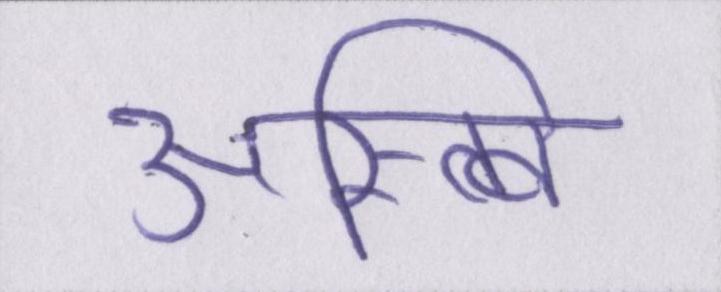
अस्त्वि